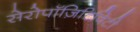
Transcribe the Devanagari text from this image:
सेरोपॉज़िटिविटी